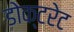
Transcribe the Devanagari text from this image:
डोक्टरेट